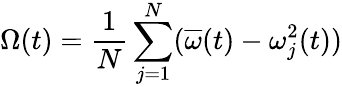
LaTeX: \Omega(t)=\frac{1}{N}\sum_{j=1}^{N}(\overline{\omega}(t)-\omega_{j}^{2}(t))